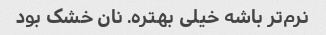
نرم‌تر باشه خیلی بهتره. نان خشک بود